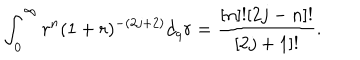
\int _ { 0 } ^ { \infty } r ^ { n } ( 1 + r ) ^ { - ( 2 j + 2 ) } d _ { q } r = \frac { [ n ] ! [ 2 j - n ] ! } { [ 2 j + 1 ] ! } .